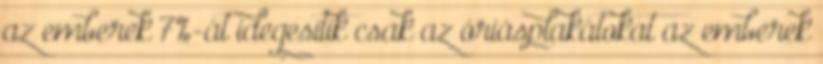
az emberek 7%-át idegesítik csak az óriásplakátokat az emberek